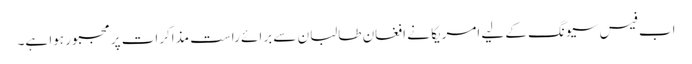
اب فیس سیونگ کے لیے امریکا نے افغان طالبان سے برائے راست مذاکرات پر مجبور ہوا ہے۔